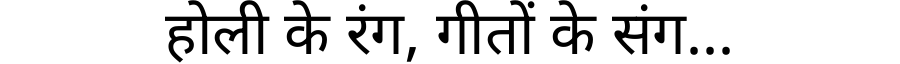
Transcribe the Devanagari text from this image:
होली के रंग, गीतों के संग...